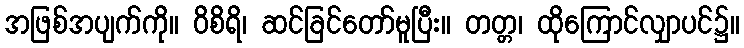
အဖြစ်အပျက်ကို။ ဝိစိရိ၊ ဆင်ခြင်တော်မူပြီး။ တတ္တ၊ ထိုကြောင်လျှာပင်၌။